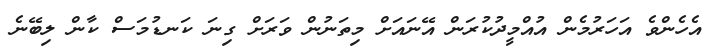
އެހެންވެ އަހަރުމެން އުއްމީދުކުރަން އޭނައަށް މިތަނުން ވަރަށް ގިނަ ކަނޑުމަސް ކާން ލިބޭނެ